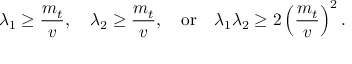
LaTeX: { \lambda _ { 1 } } \ge { \frac { m _ { t } } { v } } , \quad { \lambda _ { 2 } } \ge { \frac { m _ { t } } { v } } , \quad \mathrm { o r } \quad { \lambda _ { 1 } \lambda _ { 2 } } \ge { 2 } \left( \frac { m _ { t } } { v } \right) ^ { 2 } .